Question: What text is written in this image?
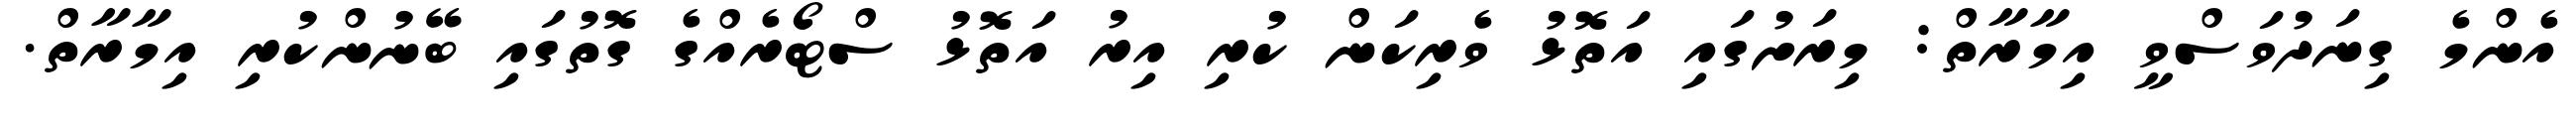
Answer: އެންމެ ގިނަދުވަސްވީ އިމާރާތް: މިރަށުގައި އަތޮޅު ވެރިކަން ކުރި އިރު އަތޮޅު ސްޓޯރެއްގެ ގޮތުގައި ބޭނުންކުރި އިމާރާތް.